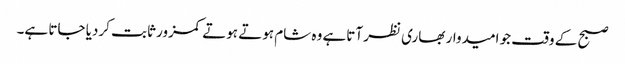
صبح کے وقت جو امیدوار بھاری نظر آتاہے وہ شام ہوتے ہوتے کمزور ثابت کردیا جاتا ہے۔